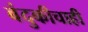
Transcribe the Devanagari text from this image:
बंदुकीचाही